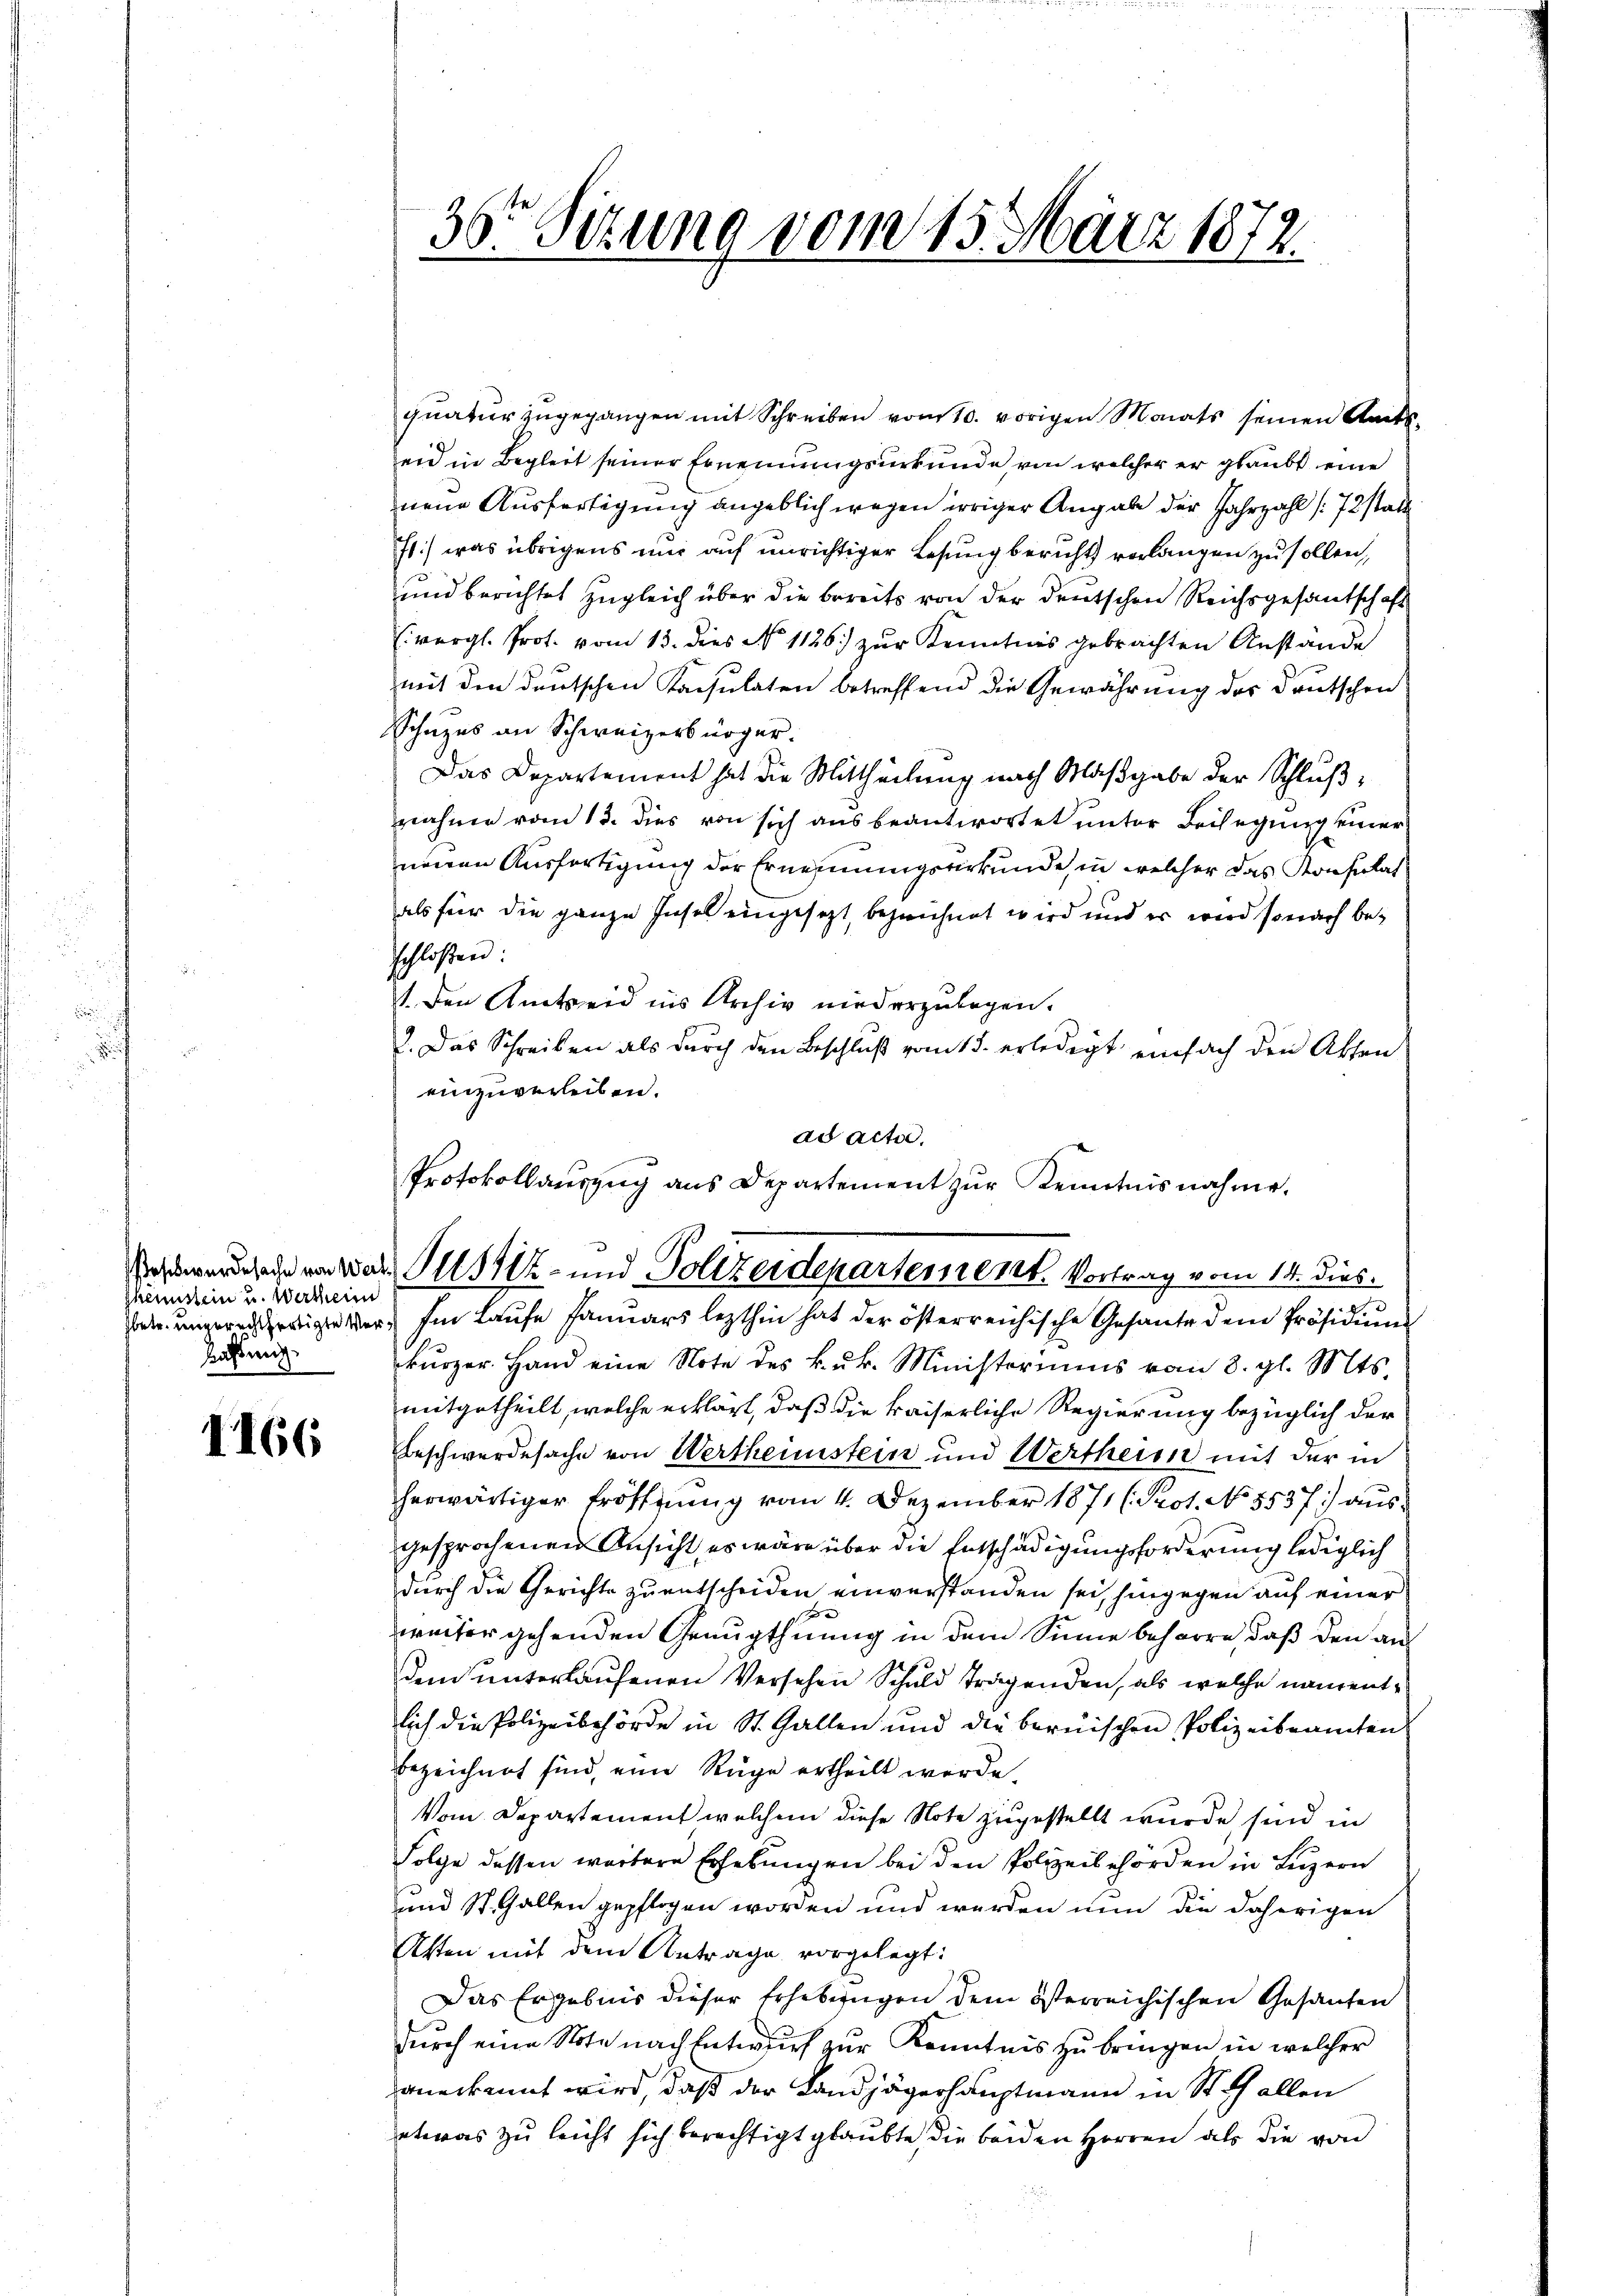
shenstein u. Wertheim
achweig

1166

quatur zugegangen mit Schreiben vom 10. vorigen Monats seinen Amts-
eid in Begleit seiner Ernennungsurkunde von welcher er glaubt eine
neue Ausfertigung angeblich wegen irriger Angabe der Jahrzahl (72 statt
st) was übrigens nur auf unrichtiger Lesung bericht verlangen zu sollen,
und berichtet zugleich über die bereits von der deutschen Reichsgesantschaft
vergl. Prot. vom 13. dies No 1126.) zur Kenntnis gebrachten Anstände
mit den deutschen Konsulaten betreffend die Gewährung der Deutschen
chuzes an Schweizerbürger.
Das Departement hat die Mittheilung nach Maßgabe der Schlußnnahme vom 15. dies von sich aus beantwortet unter Beilegung einer
neuen Ausfertigung der Ernennungsurkunde, in welcher das Konsulat
als für die ganze Insel eingesezt, bezeichnet wird und er wird so nach beschloßen:
1. Den Amtseid ins Archiv niederzulegen.
2. Das Schreiben als durch den Beschluß vom 15. erledigt einfach den Akten
einzuverleiben.
ad acta.
Protokollaŭszŭg ans Departement zŭr Kenntnisnahme.

36t Sitzung vom 15. März 1872.

Nawerdende von das Pulstiz- und Polizeidepartement. Vortrag vom 14. dies

iger Im Laufe Januars lezthin hat der österreichische Gesante dem Präsidiŭm
kürzer. Hand eine Note des Buk. Ministeriums vom 8. gl. Mts.
mitgetheilt, welche erklärt, daß die kaiserliche Regierung bezüglich der
beschwerdesache von Wertheimstein und Wertheim mit der in
herwärtiger Eröffnung vom 4. Dezember 1871 (Seot. No 5537) ausgesprochenen Ansicht, es wäre über die Entschädigungsforderung lediglich
durch die Gerichte zu entscheiden einverstanden sei, hingegen auf einer
zweiter gehenden Genugthuung in dem Sinne beharre, daß den aus
dem unterlaufenen Versehen Schuld tragenden, als welche namentlich die Polizeibehörde in St. Gallen und die berischen Polizeibeamten
bezeichnet sind, eine Rüge ertheilt werde.
Vom Departement welchem diese Note zugestellt wurde, sind in
Folge dessen wärtere Erhebungen bei den Polizeibehörden in Luzern
und St. Gallen gepflogen worden und werden nun die daherigen
Atten mit dem Antrage vorgelegt:
Das Ergebnis dieser Erhebungen dem österreichischen Gesanten
durch eine Note nach Entwurf zur Kenntnis zu bringen in welcher
anerkannt wird, daß der Landjägerhauptmann in Stich allen
etwas zu leicht sich berechtigt glaubte, die beiden Herren als die von